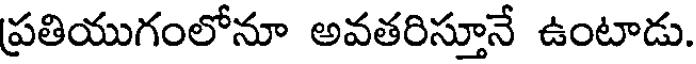
ప్రతియుగంలోనూ అవతరిస్తూనే ఉంటాడు.